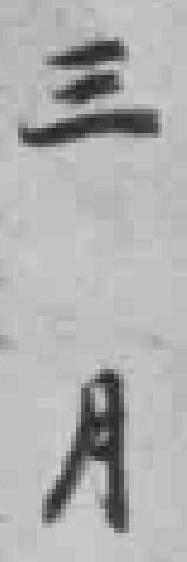
三月